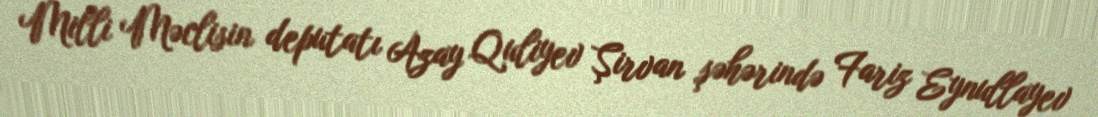
Milli Məclisin deputatı Azay Quliyev Şirvan şəhərində Fariz Eynullayev